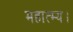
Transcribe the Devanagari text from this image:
महात्म्य।